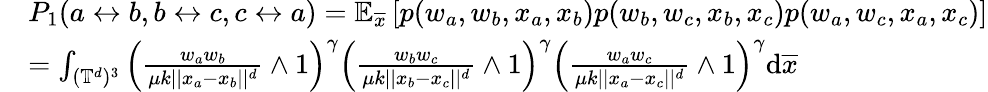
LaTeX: \begin{array}{rl}&{P_{1}(a\leftrightarrow b,b\leftrightarrow c,c\leftrightarrow a)=\mathbb{E}_{\overline{{x}}}\left[p(w_{a},w_{b},x_{a},x_{b})p(w_{b},w_{c},x_{b},x_{c})p(w_{a},w_{c},x_{a},x_{c})\right]}\\ &{=\int_{(\mathbb{T}^{d})^{3}}\left(\frac{w_{a}w_{b}}{\mu k||x_{a}-x_{b}||^{d}}\wedge 1\right)^{\gamma}\left(\frac{w_{b}w_{c}}{\mu k||x_{b}-x_{c}||^{d}}\wedge 1\right)^{\gamma}\left(\frac{w_{a}w_{c}}{\mu k||x_{a}-x_{c}||^{d}}\wedge 1\right)^{\gamma}\mathrm{d}\overline{{x}}}\end{array}